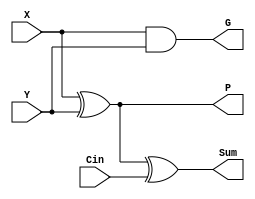
module GPFullAdder (X, Y, Cin, G, P, Sum);
   input X;
   input Y;
   input Cin;
   output G;
   output P;
   output Sum;
   wire P_int;
   assign G = X & Y ;
   assign P = P_int ;
   assign P_int = X ^ Y ;
   assign Sum = P_int ^ Cin ;
endmodule